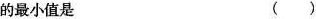
的最小值是 ()